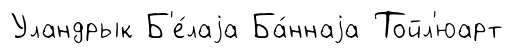
Уландрык Б'е́лаjа Ба́ннаjа Тойл'юарт